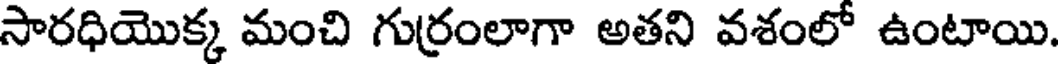
సారధియొక్క మంచి గుర్రంలాగా అతని వశంలో ఉంటాయి.